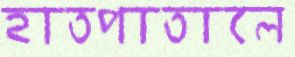
হাতপাতালে